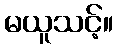
မယူသင့်။